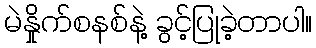
မဲနှိုက်စနစ်နဲ့ ခွင့်ပြုခဲ့တာပါ။